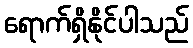
ရောက်ရှိနိုင်ပါသည်